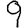
Digit: 9